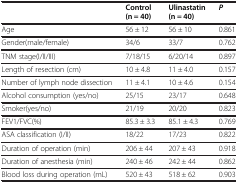
|  | Control (n = 40) | Ulinastatin (n = 40) | P |
 | --- | --- | --- | --- |
 | Age | 56 ± 12 | 56 ± 10 | 0.861 |
 | Gender(male/female) | 34/6 | 33/7 | 0.762 |
 | TNM stage(I/II/III) | 7/18/15 | 6/20/14 | 0.897 |
 | Length of resection (cm) | 10 ± 4.8 | 11 ± 4.0 | 0.157 |
 | Number of lymph node dissection | 11 ± 4.1 | 10 ± 4.6 | 0.154 |
 | Alcohol consumption (yes/no) | 25/15 | 23/17 | 0.648 |
 | Smoker(yes/no) | 21/19 | 20/20 | 0.823 |
 | FEV1/FVC(%) | 85.3 ± 3.3 | 85.1 ± 4.3 | 0.769 |
 | ASA classification (I/II) | 18/22 | 17/23 | 0.822 |
 | Duration of operation (min) | 206 ± 44 | 207 ± 43 | 0.918 |
 | Duration of anesthesia (min) | 240 ± 46 | 242 ± 44 | 0.862 |
 | Blood loss during operation (mL) | 520 ± 43 | 518 ± 62 | 0.903 |